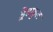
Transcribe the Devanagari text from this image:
ड्रेडफुल